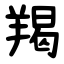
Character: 羯